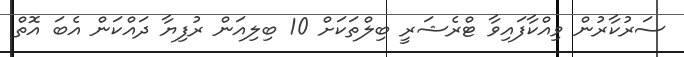
ސަރުކާރުން ވިއްކާފައިވާ ޓްރެޝަރީ ބިލްތަކަށް 10 ބިލިއަން ރުފިޔާ ދައްކަން އެބަ އޮތް